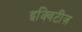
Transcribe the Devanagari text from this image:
इक्विटीज़